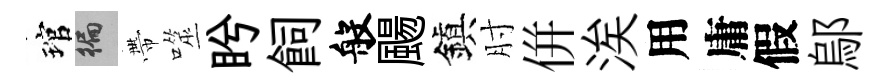
琯徧帶噬盻飼般颺鎭肘併涘用庸假鄔